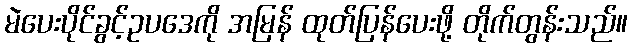
မဲပေးပိုင်ခွင့်ဥပဒေကို အမြန် ထုတ်ပြန်ပေးဖို့ တိုက်တွန်းသည်။